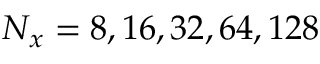
N _ { x } = 8 , 1 6 , 3 2 , 6 4 , 1 2 8